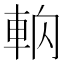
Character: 𰹎